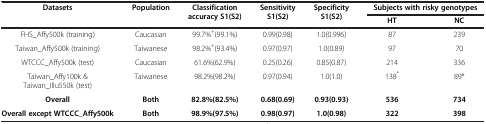
| Datasets | Population | Classification accuracy S1(S2) | Sensitivity S1(S2) | Specificity S1(S2) | <COLSPAN=2> Subjects with risky genotypes |
 |  |  |  |  |  | HT | NC |
 | --- | --- | --- | --- | --- | --- | --- |
 | FHS_Affy500k (training) | Caucasian | 99.7%+(99.1%) | 0.99(0.98) | 1.0(0.996) | 87 | 239 |
 | Taiwan_Affy500k (training) | Taiwanese | 98.2%+(93.4%) | 0.97(0.97) | 1.0(0.89) | 97 | 70 |
 | WTCCC_Affy500k (test) | Caucasian | 61.6%(62.9%) | 0.25(0.26) | 0.85(0.87) | 214 | 336 |
 | Taiwan_Affy100k & Taiwan_Illu550k (test) | Taiwanese | 98.2%(98.2%) | 0.97(0.94) | 1.0(1.0) | 138* | 89* |
 | Overall | Both | 82.8%(82.5%) | 0.68(0.69) | 0.93(0.93) | 536 | 734 |
 | Overall except WTCCC_Affy500k | Both | 98.9%(97.5%) | 0.98(0.97) | 1.0(0.98) | 322 | 398 |